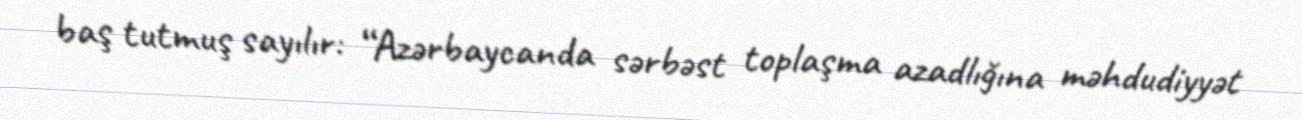
baş tutmuş sayılır: “Azərbaycanda sərbəst toplaşma azadlığına məhdudiyyət